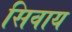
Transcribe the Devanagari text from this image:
सिवाय